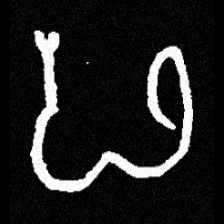
Pyu character \u2014 Myanmar letter: ဖ (romanized: pha)